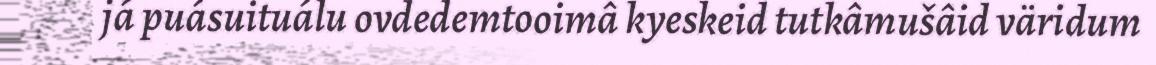
já puásuituálu ovdedemtooimâ kyeskeid tutkâmušâid väridum